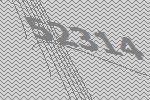
52314